Lunatic asylums United Provinces 1909-1921 - 1909-1921
Year: 1909
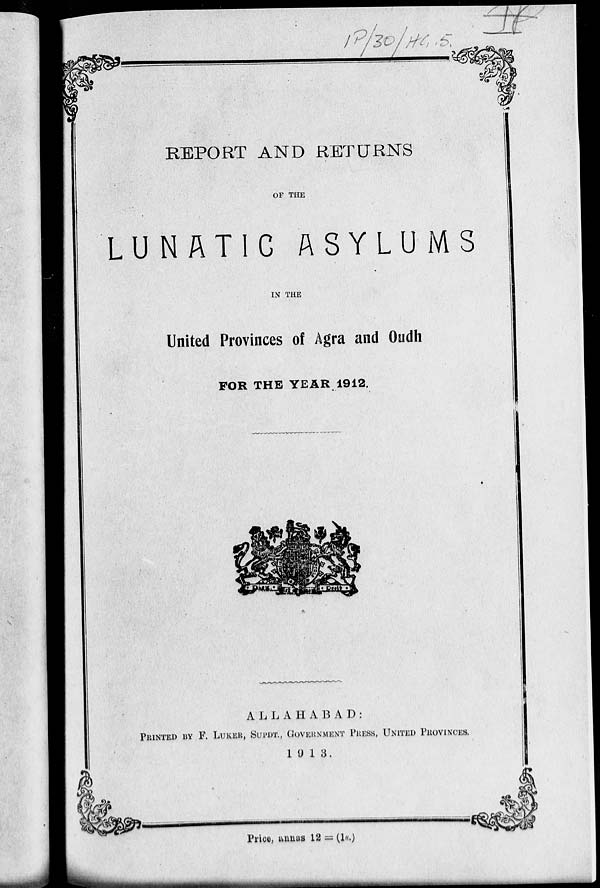
REPORT AND RETURNS
OF THE
LUNATIC ASYLUMS
IN THE
United Provinces of Agra and Oudh
FOR THE YEAR 1912.
ALLAHABAD:
PRINTED BY F. LUKER, SUPDT., GOVERNMENT PRESS, UNITED PROVINCES.
1913.
Price, annas 12 = (1s.)